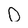
Character: 0